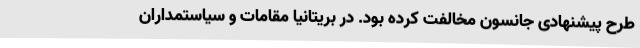
طرح پیشنهادی جانسون مخالفت کرده بود. در بریتانیا مقامات و سیاستمداران